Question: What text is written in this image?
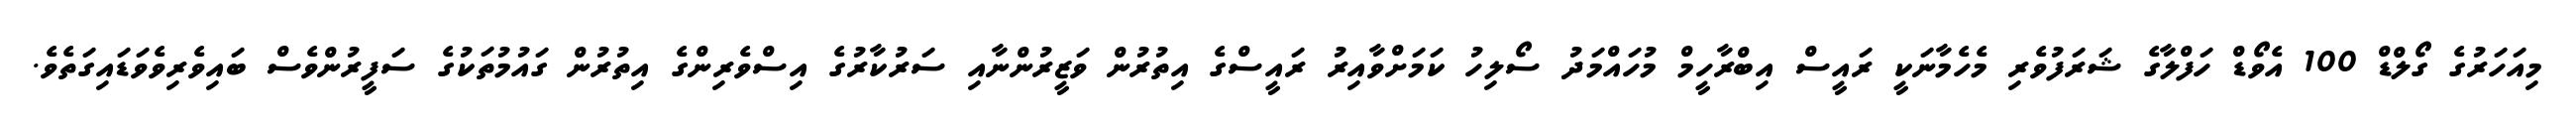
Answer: މިއަހަރުގެ ގޯލްޑް 100 އެވޯޑް ހަފްލާގެ ޝަރަފުވެރި މެހެމާނަކީ ރައީސް އިބްރާހީމް މުހައްމަދު ސޯލިހު ކަމަށްވާއިރު ރައީސްގެ އިތުރުން ވަޒީރުންނާއި ސަރުކާރުގެ އިސްވެރިންގެ އިތުރުން ގައުމުތަކުގެ ސަފީރުންވެސް ބައިވެރިވެވަޑައިގަތެވެ.